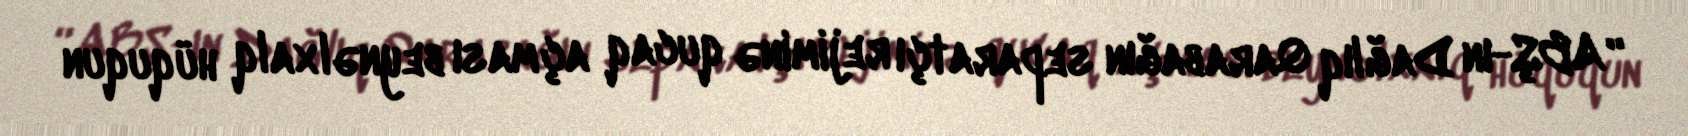
“ABŞ-ın Dağlıq Qarabağın separatçı rejiminə qucaq açması beynəlxalq hüququn